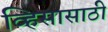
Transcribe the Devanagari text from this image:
व्हिसासाठी